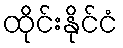
ထိုင်းနိုင်ငံ